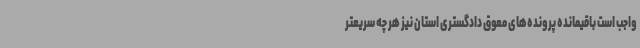
واجب است باقیمانده پرونده‌های معوق دادگستری استان نیز هر چه سریعتر